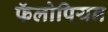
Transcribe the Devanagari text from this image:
फॅलोपियन